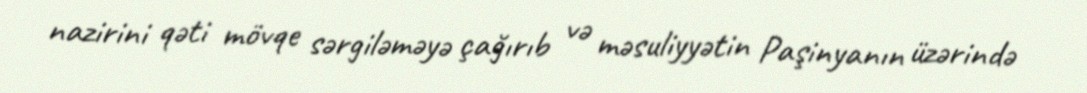
nazirini qəti mövqe sərgiləməyə çağırıb və məsuliyyətin Paşinyanın üzərində